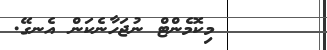
މިކޮމެންޓް ނުޖަހާނެކަން އެނގޭ.